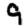
Digit: 9